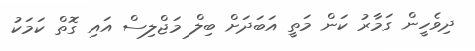
ދިވެހީން ގަމާރު ކަން މަތީ އަބަދަށް ބިލް މަޖްލިސް އައި ގޮތް ކަމަކު